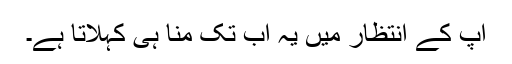
آپ کے انتظار میں یہ اب تک منا ہی کہلاتا ہے۔